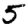
Digit: 5